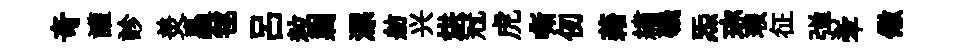
竒讙診羙矗毬吕粒剿漂舫兴烘冠虎嘶仞藉繡磯炁珎瑕征弹牽儆